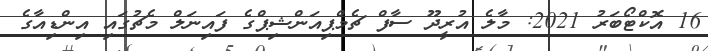
16 އޮކްޓޯބަރު 2021: މާލެ އުރީދޫ ސާފް ޗެމްޕިއަންޝިޕްގެ ފައިނަލް މެޗުގައި އިންޑިއާގެ